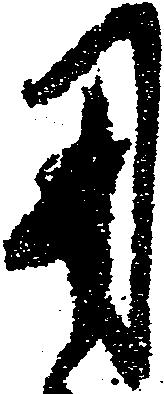
用